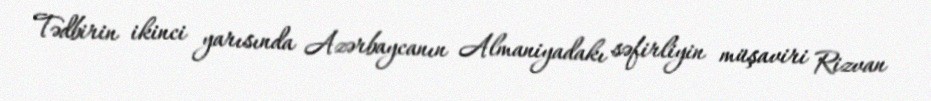
Tədbirin ikinci yarısında Azərbaycanın Almaniyadakı səfirliyin müşaviri Rizvan